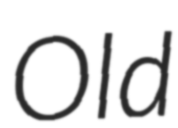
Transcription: Old